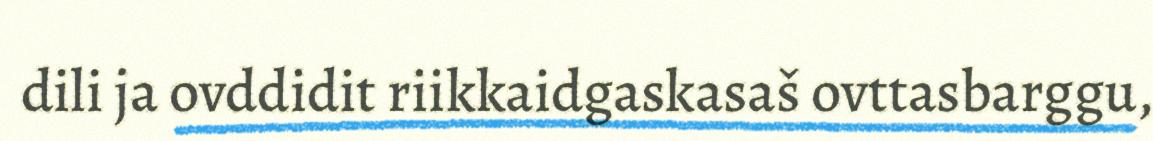
dili ja ovddidit riikkaidgaskasaš ovttasbarggu,